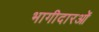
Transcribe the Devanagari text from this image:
भागीदारओं